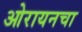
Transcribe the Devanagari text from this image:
ओरायनचा